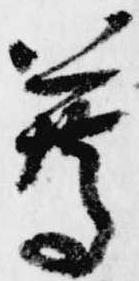
尊